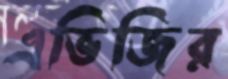
এভিজির